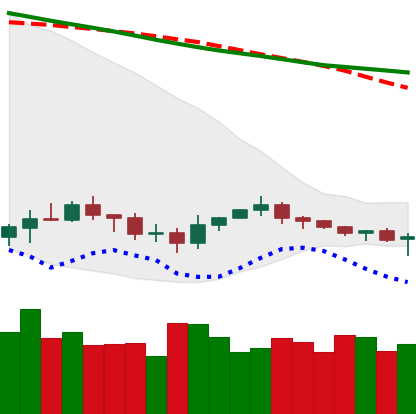
Ticker: XRP-USD
Chart end date: 2019-12-15
Forward return: -10.652%
Label: down_7plus